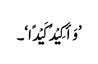
’وَأَکِیْدُ کَیْدًا‘۔